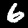
Label: 6